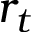
r _ { t }